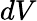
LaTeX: dV